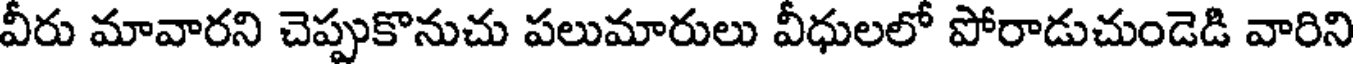
వీరు మావారని చెప్పుకొనుచు పలుమారులు వీధులలో పోరాడుచుండెడి వారిని